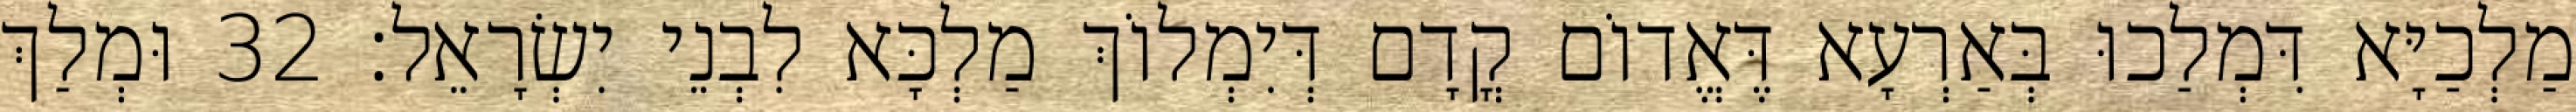
מַלְכַיָּא דִּמְלַכוּ בְּאַרְעָא דֶּאֱדוֹם קֳדָם דְּיִמְלוֹךְ מַלְכָּא לִבְנֵי יִשְׂרָאֵל׃ 32 וּמְלַךְ